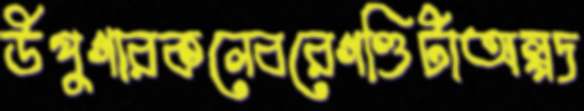
উপুগারকলেবরেগণ্ডিটাঅল্পদ